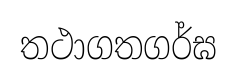
තථාගතගර්ඝ